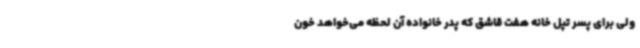
ولی برای پسر تپل خانه هفت قاشق که پدر خانواده آن لحظه می‌خواهد خون